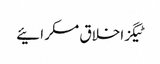
ٹیگزاخلاق مسکرائیے